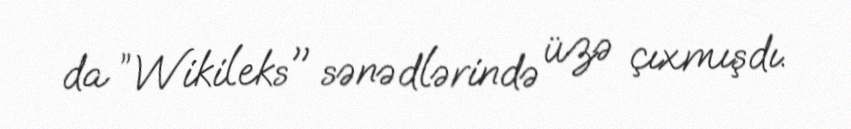
da ”Wikileks" sənədlərində üzə çıxmışdı.